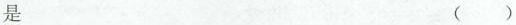
是 ()